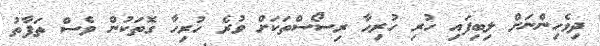
ދިވެހިންނަށް ލިބިފައި ހުރި ހުރިހާ ރިސޯސްތަކަށް ވުރެ ހުރިހާ ގޮތަކުން ވެސް ތަފާތު